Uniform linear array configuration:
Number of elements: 48
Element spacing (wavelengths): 1
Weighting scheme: binomial
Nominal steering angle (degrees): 15
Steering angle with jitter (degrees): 14.753
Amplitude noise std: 0.05
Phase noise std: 0.05

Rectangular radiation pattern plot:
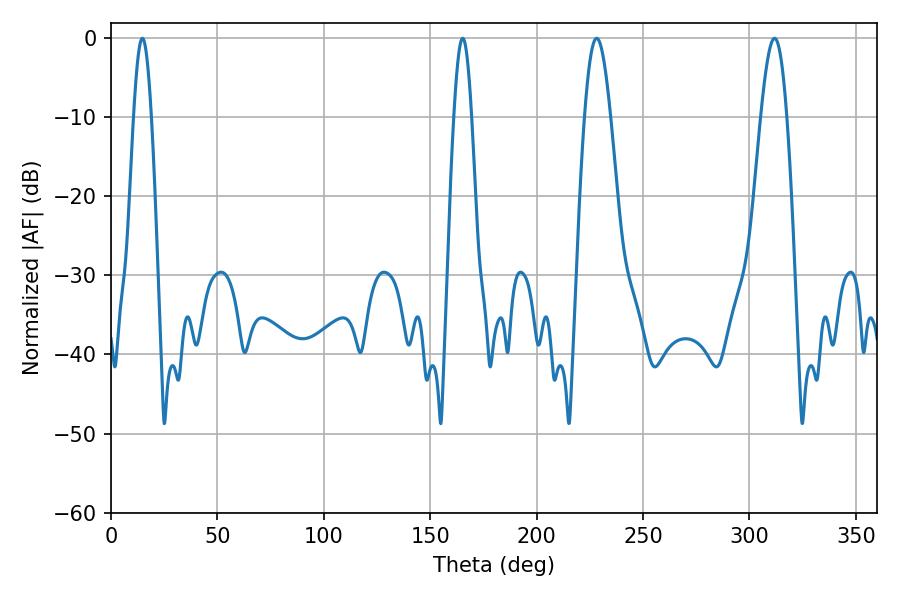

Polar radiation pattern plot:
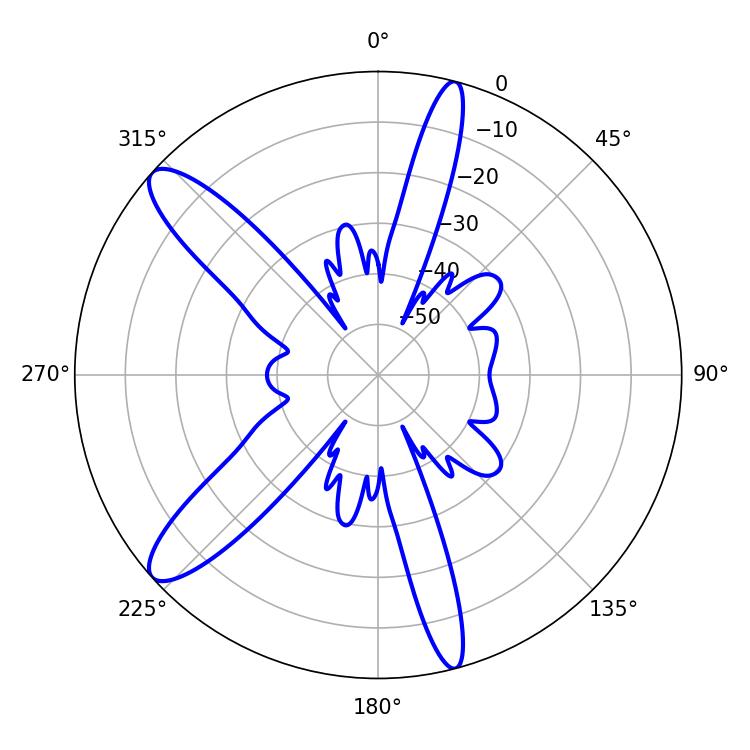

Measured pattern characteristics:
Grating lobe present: TRUE
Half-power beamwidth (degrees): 4.32
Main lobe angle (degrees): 14.76